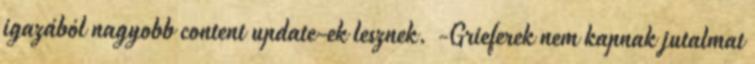
igazából nagyobb content update-ek lesznek. -Grieferek nem kapnak jutalmat